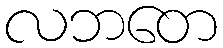
လဘတေ